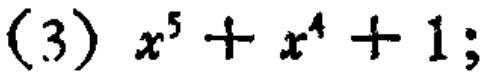
(3) \(x^{5}+x^{4}+1;\)